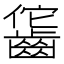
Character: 𪘕